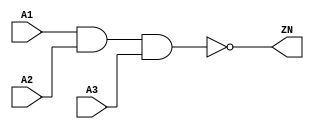
module NAND3_X2 (A1, A2, A3, ZN);
  input A1;
  input A2;
  input A3;
  output ZN;

  not(ZN, i_8);
  and(i_8, i_9, A3);
  and(i_9, A1, A2);


endmodule